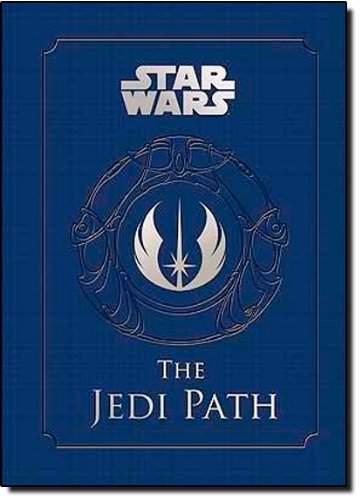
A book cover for Star Wars: The Jedi Path; Daniel Wallace; Science Fiction & Fantasy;